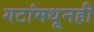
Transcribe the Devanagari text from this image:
गटांमधूनही